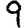
Digit: 9